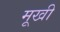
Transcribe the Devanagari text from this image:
मूखी